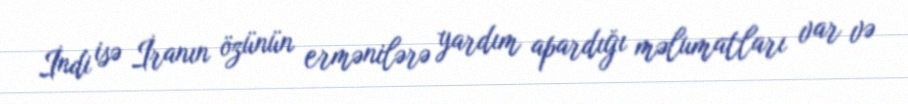
İndi isə İranın özünün ermənilərə yardım apardığı məlumatları var və